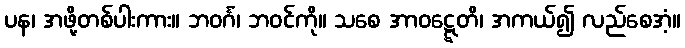
ပန၊ အဖို့တစ်ပါးကား။ ဘဝင်္ဂံ၊ ဘဝင်ကို။ သစေ အာဝဋ္ဋေတိ၊ အကယ်၍ လည်စေအံ့။